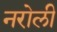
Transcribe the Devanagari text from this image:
नरोली